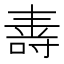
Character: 𭉠